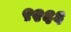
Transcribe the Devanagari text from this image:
९२६६